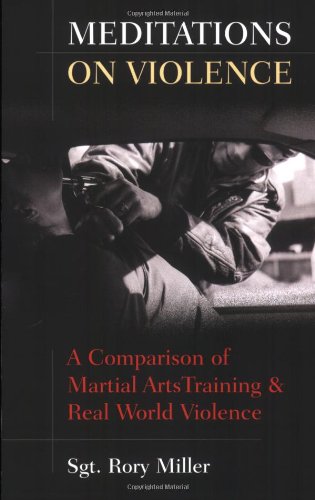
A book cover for Meditations on Violence: A Comparison of Martial Arts Training & Real World Violence; Rory Miller; Politics & Social Sciences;